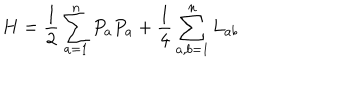
LaTeX: H = \frac { 1 } { 2 } \sum _ { a = 1 } ^ { n } P _ { a } P _ { a } + \frac { 1 } { 4 } \sum _ { a , b = 1 } ^ { n } L _ { a b }